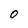
Character: 0